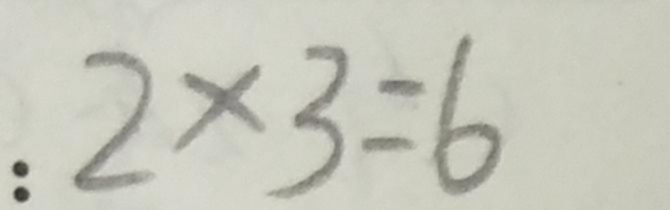
: 2 \times 3 = 6